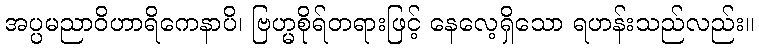
အပ္ပမညာဝိဟာရိကေနာပိ၊ ဗြဟ္မစိုရ်တရားဖြင့် နေလေ့ရှိသော ရဟန်းသည်လည်း။